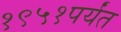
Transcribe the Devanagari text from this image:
१९५१पर्यंत